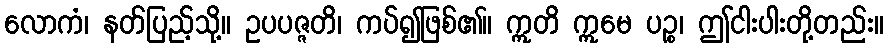
လောကံ၊ နတ်ပြည့်သို့။ ဥပပဇ္ဇတိ၊ ကပ်၍ဖြစ်၏။ ဣတိ ဣမေ ပဉ္စ၊ ဤငါးပါးတို့တည်း။